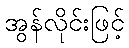
အွန်လိုင်းဖြင့်